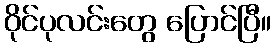
ဝိုင်ပုလင်းတွေ ပြောင်ပြီ။